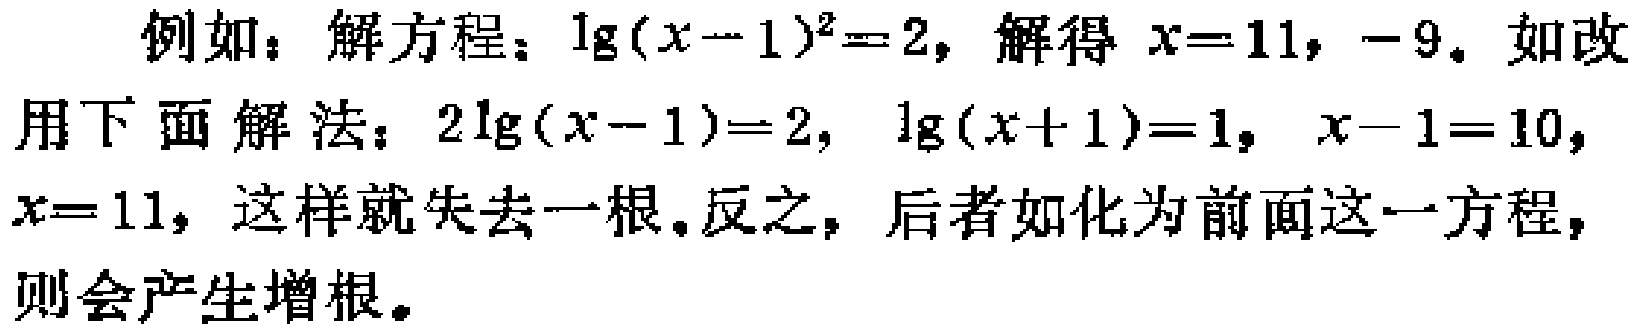
例如：解方程：\(\lg(x - 1)^2 = 2\)，解得 \(x = 11, - 9\)。如改用下面解法：\(2\lg(x - 1)=2\)，\(\lg(x + 1)=1\)，\(x - 1 = 10\)，\(x = 11\)，这样就失去一根。反之，后者如化为前面这一方程，则会产生增根。